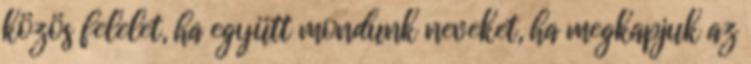
közös felelet, ha együtt mondunk neveket, ha megkapjuk az